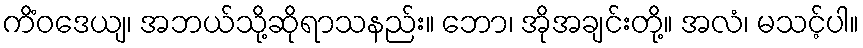
ကိံဝဒေယျ၊ အဘယ်သို့ဆိုရာသနည်း။ ဘော၊ အိုအချင်းတို့။ အလံ၊ မသင့်ပါ။